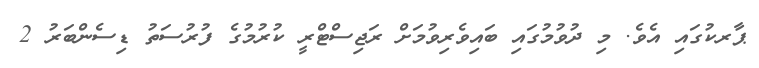
ޕާރކުގައި އެވެ. މި ދުވުމުގައި ބައިވެރިވުމަށް ރަޖިސްޓްރީ ކުރުމުގެ ފުރުސަތު ޑިސެންބަރު 2